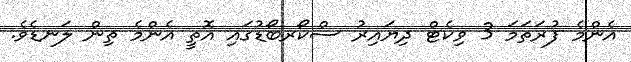
އެންމެ ފުރަތަމަ 3 ވިކެޓް ދިޔައިރު ސްކޯރބޯޑުގައި އޮތީ އެންމެ ތިން ލަނޑެވެ.